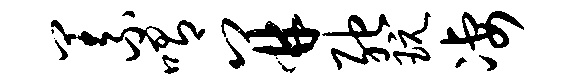
义喟并弛玩凄